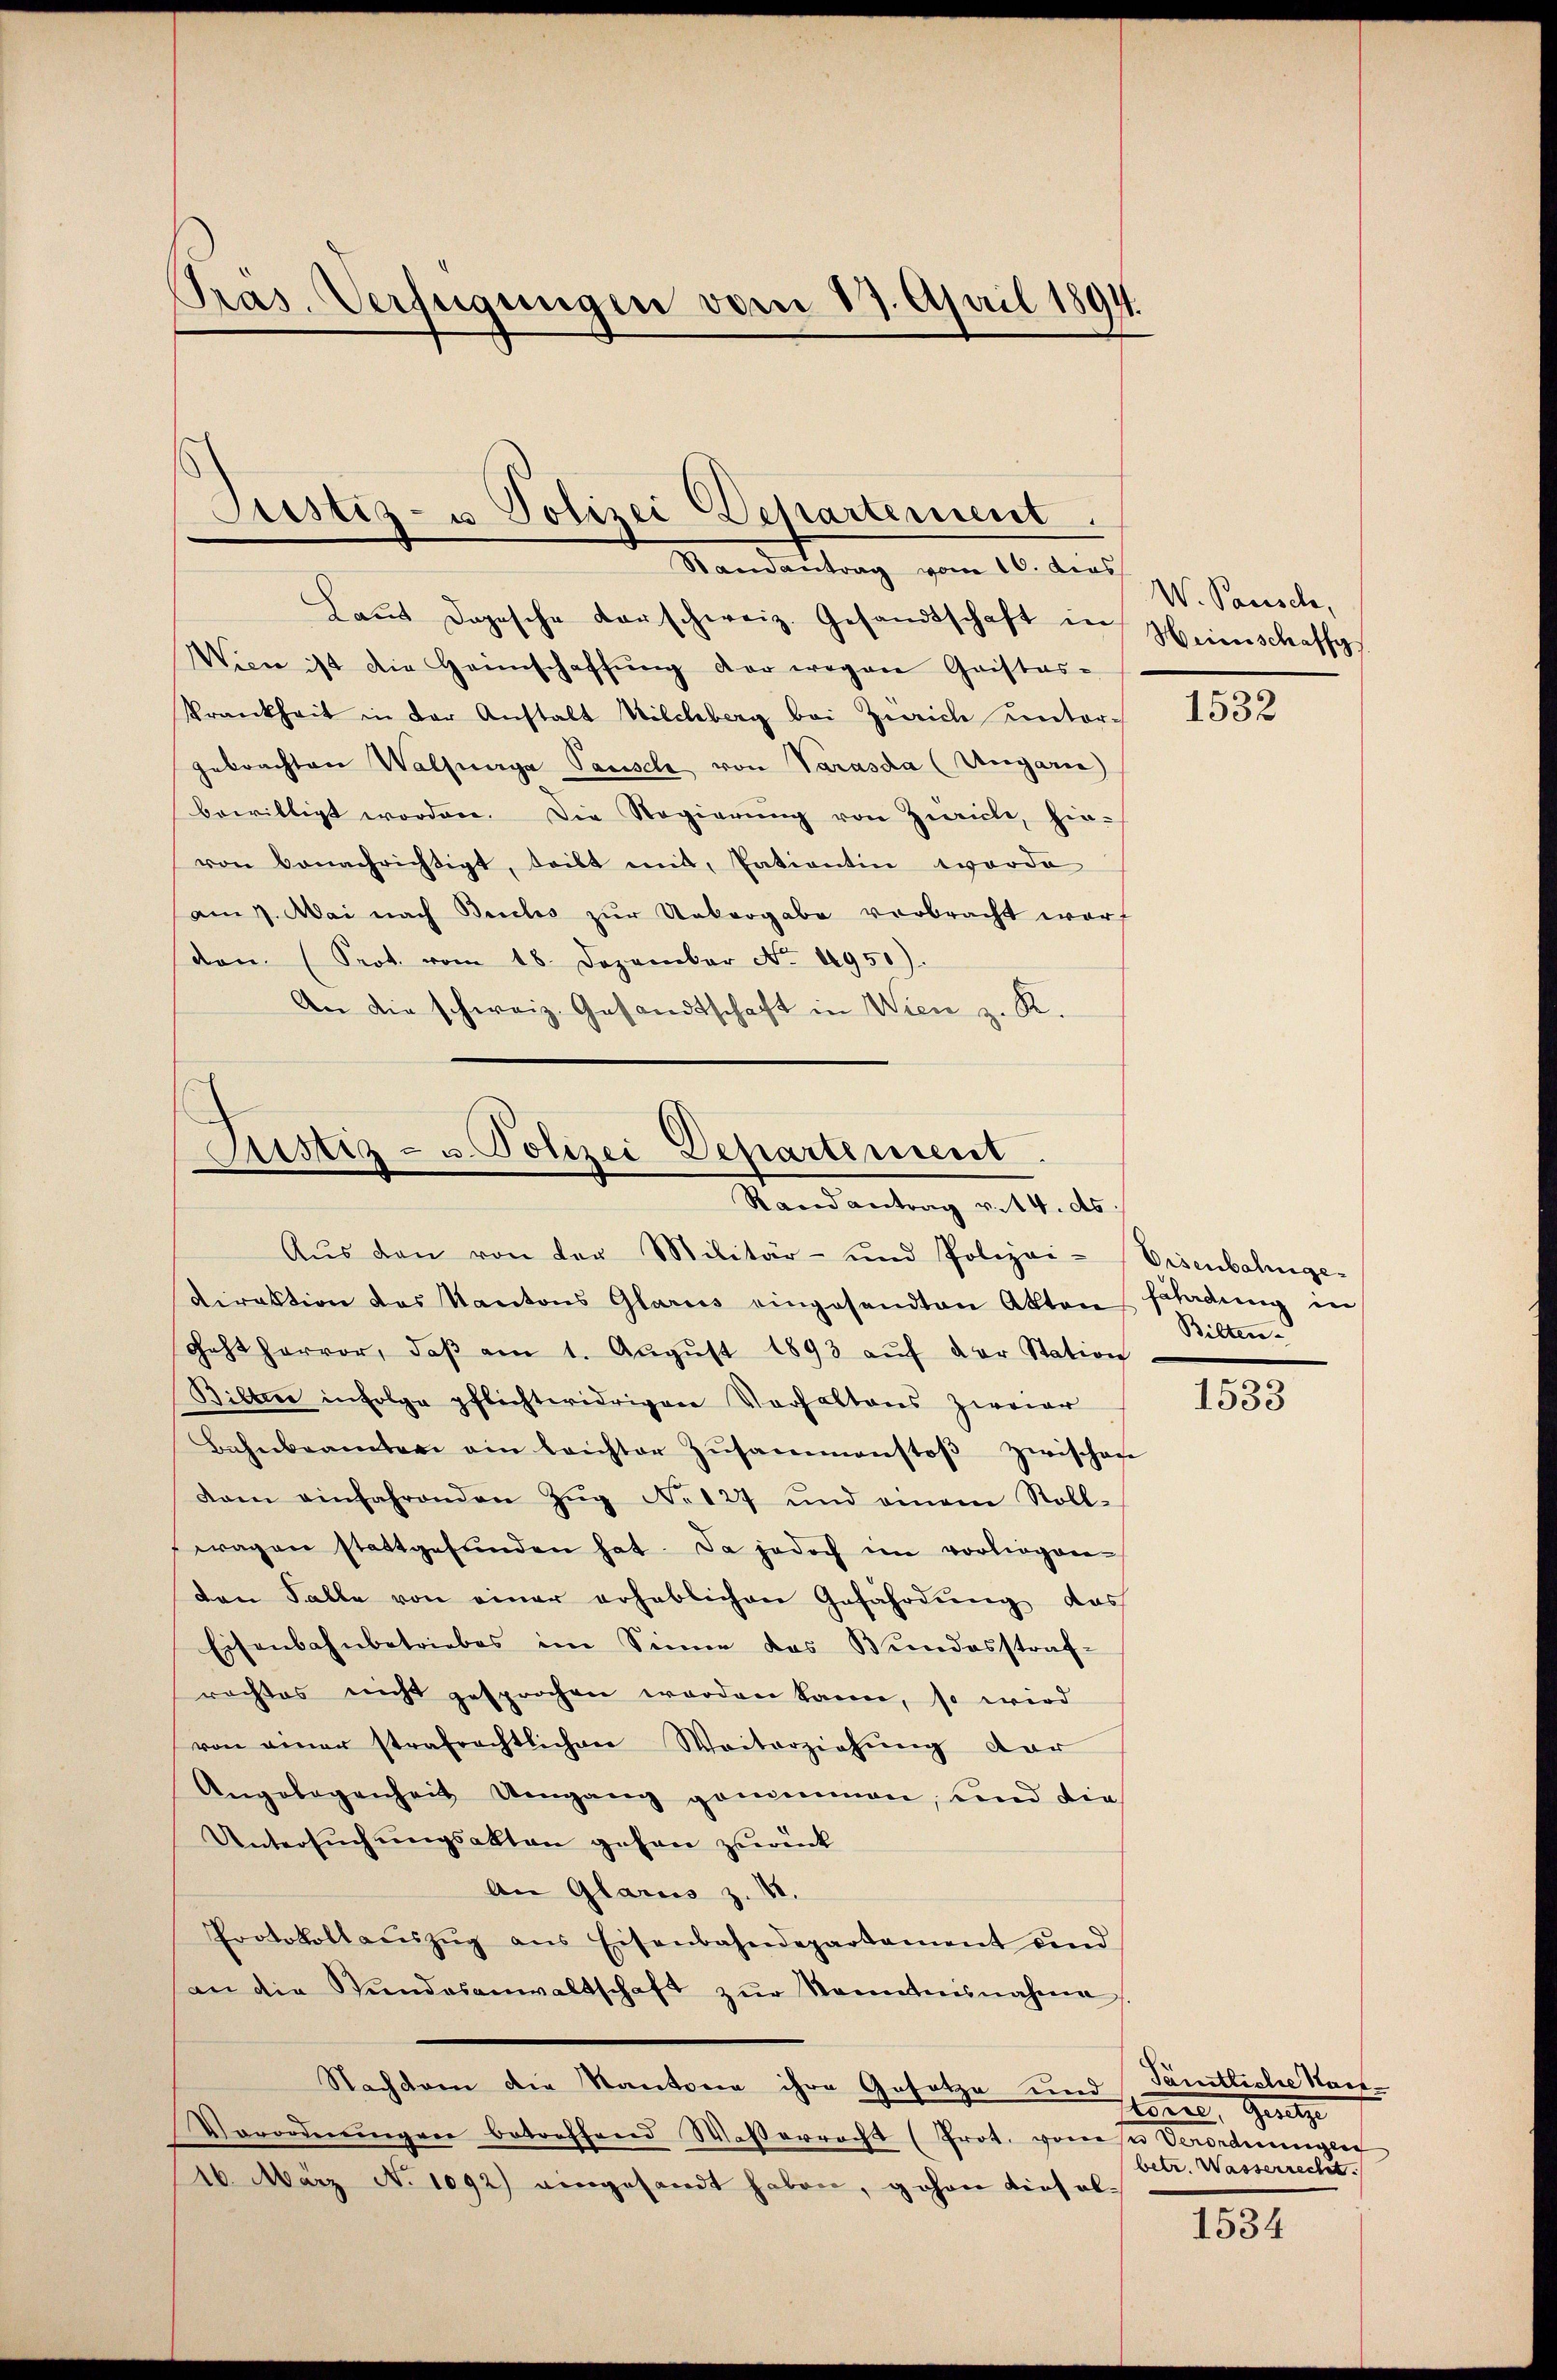
Pras. Verfügungen vom 17. April 1894

Justiz- u Polizei Departement.
Randantrag vom 16. dies

Laŭt Dogesche darschweiz. Gesandtschaft in
Wien ist die Heimschaffŭng der wegen Cristas-
Krankheit in der Anstalt Milchberg bei Zürich unter-
gebrachten Walfurga Pausch von Varasda (Ungarne)
bewilligt worden. Die Regierŭng von Zürich, hin-
von benachrichtigt, teilt mit, Patientin worde
am 7. Mai nach Buchs zur Uebergabe verbracht wort
den (Seot. vom 18. Dezember No. 1950).
An die schweiz. Gesandtschaft in Wien z. R.

Astiz- u. Polizei-Departement.
Randantrag v. 14. ds.

Aŭs den von der Militär- und Polizei- Eisenbahnge-
direktion des Kantons Glarus eingesandten Akten schadŭng in
Feht hervor, daβ am 1. Aŭgŭst 1893 aŭf der Station
Bilten infolge pflichtwidrigen Vorhaltens zweier
Bahnbeamten ein leichter Zŭsammenstoβ Zwischen
dam einfahrenden Zŭg No 127 und einem Roll-
tragen stattgefunden hat. Da jedoch im vorliegen-
den Falle von einer erheblichen Gefährdung, das
Eisenbahnbetriebes im Sinne das Bundesstraf-
rachtes nicht gesprochen werden kann, so wird
von einer strafrechtlichen Weiterziehung dar
Angelegenheit Umgang gemenmen, und die
Untersŭchŭngsakten gehen zurück
An Glarus z. B.
Protokollaŭszŭg ans Eisenbahndepartament und
an die Stŭndesanwaltschaft zŭr Sonntensnahme
Nachdem die Kantone ihre Gesetze und
Verordnŭngen betreffend Waßerracht (Prot. von ser Verordnungen
16. März No 1092) eingesandt haben, gehen diesel¬

W. Pausch,
Heinschaffg

1532

Bilten.

1533

Pämitliche Nach
torne Gesetze
betr. Wasserrecht.

1534